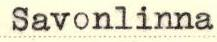
Savonlinna